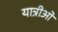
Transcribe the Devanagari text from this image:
यात्रीओं